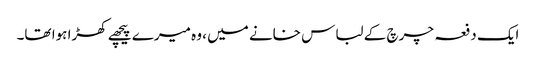
ایک دفعہ چرچ کے لباس خانے میں ، وہ میرے پیچھے کھڑا ہوا تھا۔